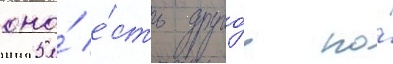
оно́ е́сть друго́е по́